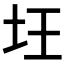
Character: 𡉠